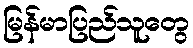
မြန်မာပြည်သူတွေ